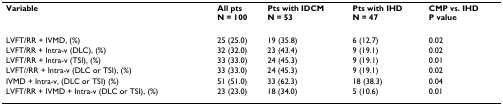
<table><thead><tr><td><b>Variable</b></td><td><b>All ptsN = 100</b></td><td><b>Pts with IDCMN = 53</b></td><td><b>Pts with IHDN = 47</b></td><td><b>CMP vs. IHDP value</b></td></tr></thead><tbody><tr><td>LVFT/RR + IVMD, (%)</td><td>25 (25.0)</td><td>19 (35.8)</td><td>6 (12.7)</td><td>0.02</td></tr><tr><td>LVFT/RR + Intra-v (DLC), (%)</td><td>32 (32.0)</td><td>23 (43.4)</td><td>9 (19.1)</td><td>0.02</td></tr><tr><td>LVFT/RR + Intra-v (TSI), (%)</td><td>33 (33.0)</td><td>24 (45.3)</td><td>9 (19.1)</td><td>0.01</td></tr><tr><td>LVFT//RR + Intra-v (DLC or TSI), (%)</td><td>33 (33.0)</td><td>24 (45.3)</td><td>9 (19.1)</td><td>0.02</td></tr><tr><td>IVMD + Intra-v, (DLC or TSI) (%)</td><td>51 (51.0)</td><td>33 (62.3)</td><td>18 (38.3)</td><td>0.04</td></tr><tr><td>LVFT/RR + IVMD + Intra-v (DLC or TSI), (%)</td><td>23 (23.0)</td><td>18 (34.0)</td><td>5 (10.6)</td><td>0.01</td></tr></tbody></table>